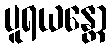
ပူရယန္တော